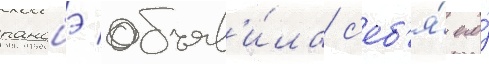
ранобэ объяв'и́ла с'еб'я́ его́